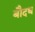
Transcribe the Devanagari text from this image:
बौदध